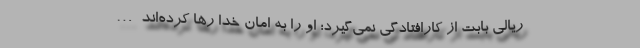
ریالی بابت از کارافتادگی نمی‌گیرد؛ او را به امان خدا رها کرده‌اند…